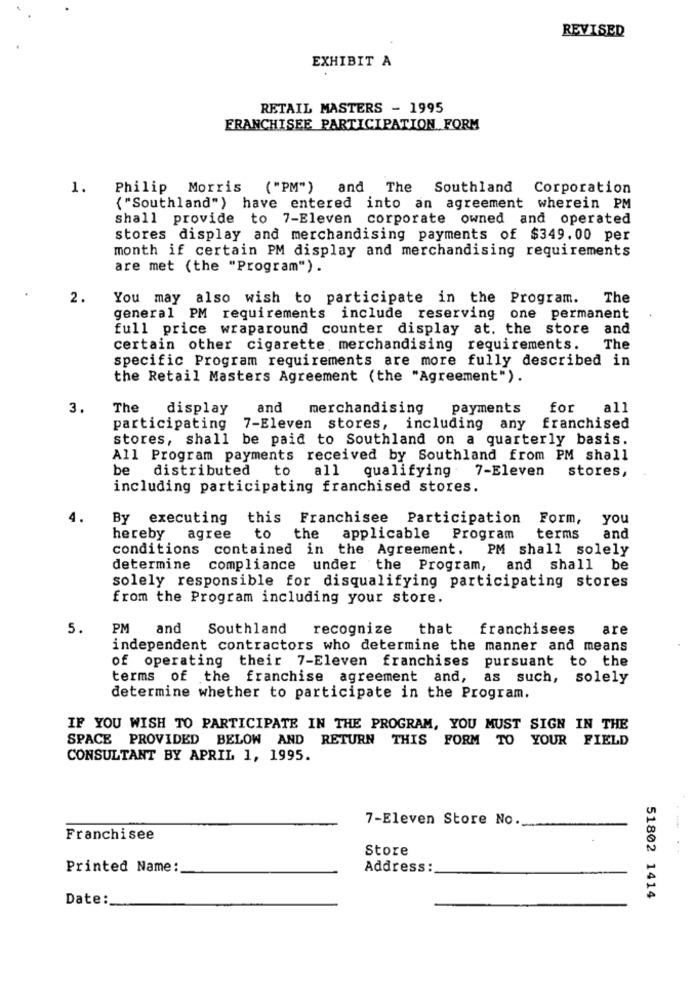
REVISED
EXHIBIT A
RETAIL MASTERS - 1995
FRANCHISEE PARTICIPATION FORM
1.
Philip Morris ("PM") and The Southland Corporation
{"Southland") have entered into an agreement wherein PM
shall provide to 7-Eleven corporate owned and operated
stores display and merchandising payments of $349.00 per
month if certain PM display and merchandising requirements
are met (the "Program") .
2.
You may also wish to participate in the Program.
The
general PM requirements include reserving one permanent
full price wraparound counter display at. the store and
certain other cigarette, merchandising requirements.
The
specific Program requirements are more fully described in
the Retail Masters Agreement (the "Agreement").
3.
The
display
and
merchandising
payments
for
all
participating
7-Eleven stores, including any
franchised
stores, shall be paid to Southland on a quarterly basis.
All Program payments received by Southland from PM shall
be distributed
to
all qualifying
7-Eleven stores,
including participating franchised stores.
4.
By executing this Franchisee Participation Form, you
hereby agree
to the
applicable
Program
terms
and
conditions contained in the Agreement.
PM shall solely
determine
compliance under the Program, and shall be
solely responsible for disqualifying participating stores
from the Program including your store.
5.
PM
and
Southland recognize
that
franchisees
are
independent contractors who determine the manner and means
of operating their 7-Eleven franchises
pursuant to the
terms of the franchise agreement and,
as such, solely
determine whether to participate in the Program.
IF YOU WISH TO PARTICIPATE IN THE PROGRAM, YOU MUST SIGN IN THE
SPACE PROVIDED BELOW AND RETURN THIS FORM TO YOUR FIELD
CONSULTANT BY APRIL 1, 1995.
7-Eleven Store No.
Franchisee
Store
Printed Name:
Address:
Date :_
51802 1414